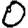
Digit: 0